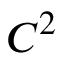
C ^ { 2 }